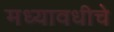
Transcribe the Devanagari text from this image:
मध्यावधीचे